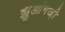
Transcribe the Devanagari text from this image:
झुआंगज़ी